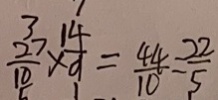
\frac { 2 7 } { 1 0 } \times \frac { 1 4 } { 9 } = \frac { 4 4 } { 1 0 } = \frac { 2 2 } { 5 }